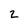
Character: 2